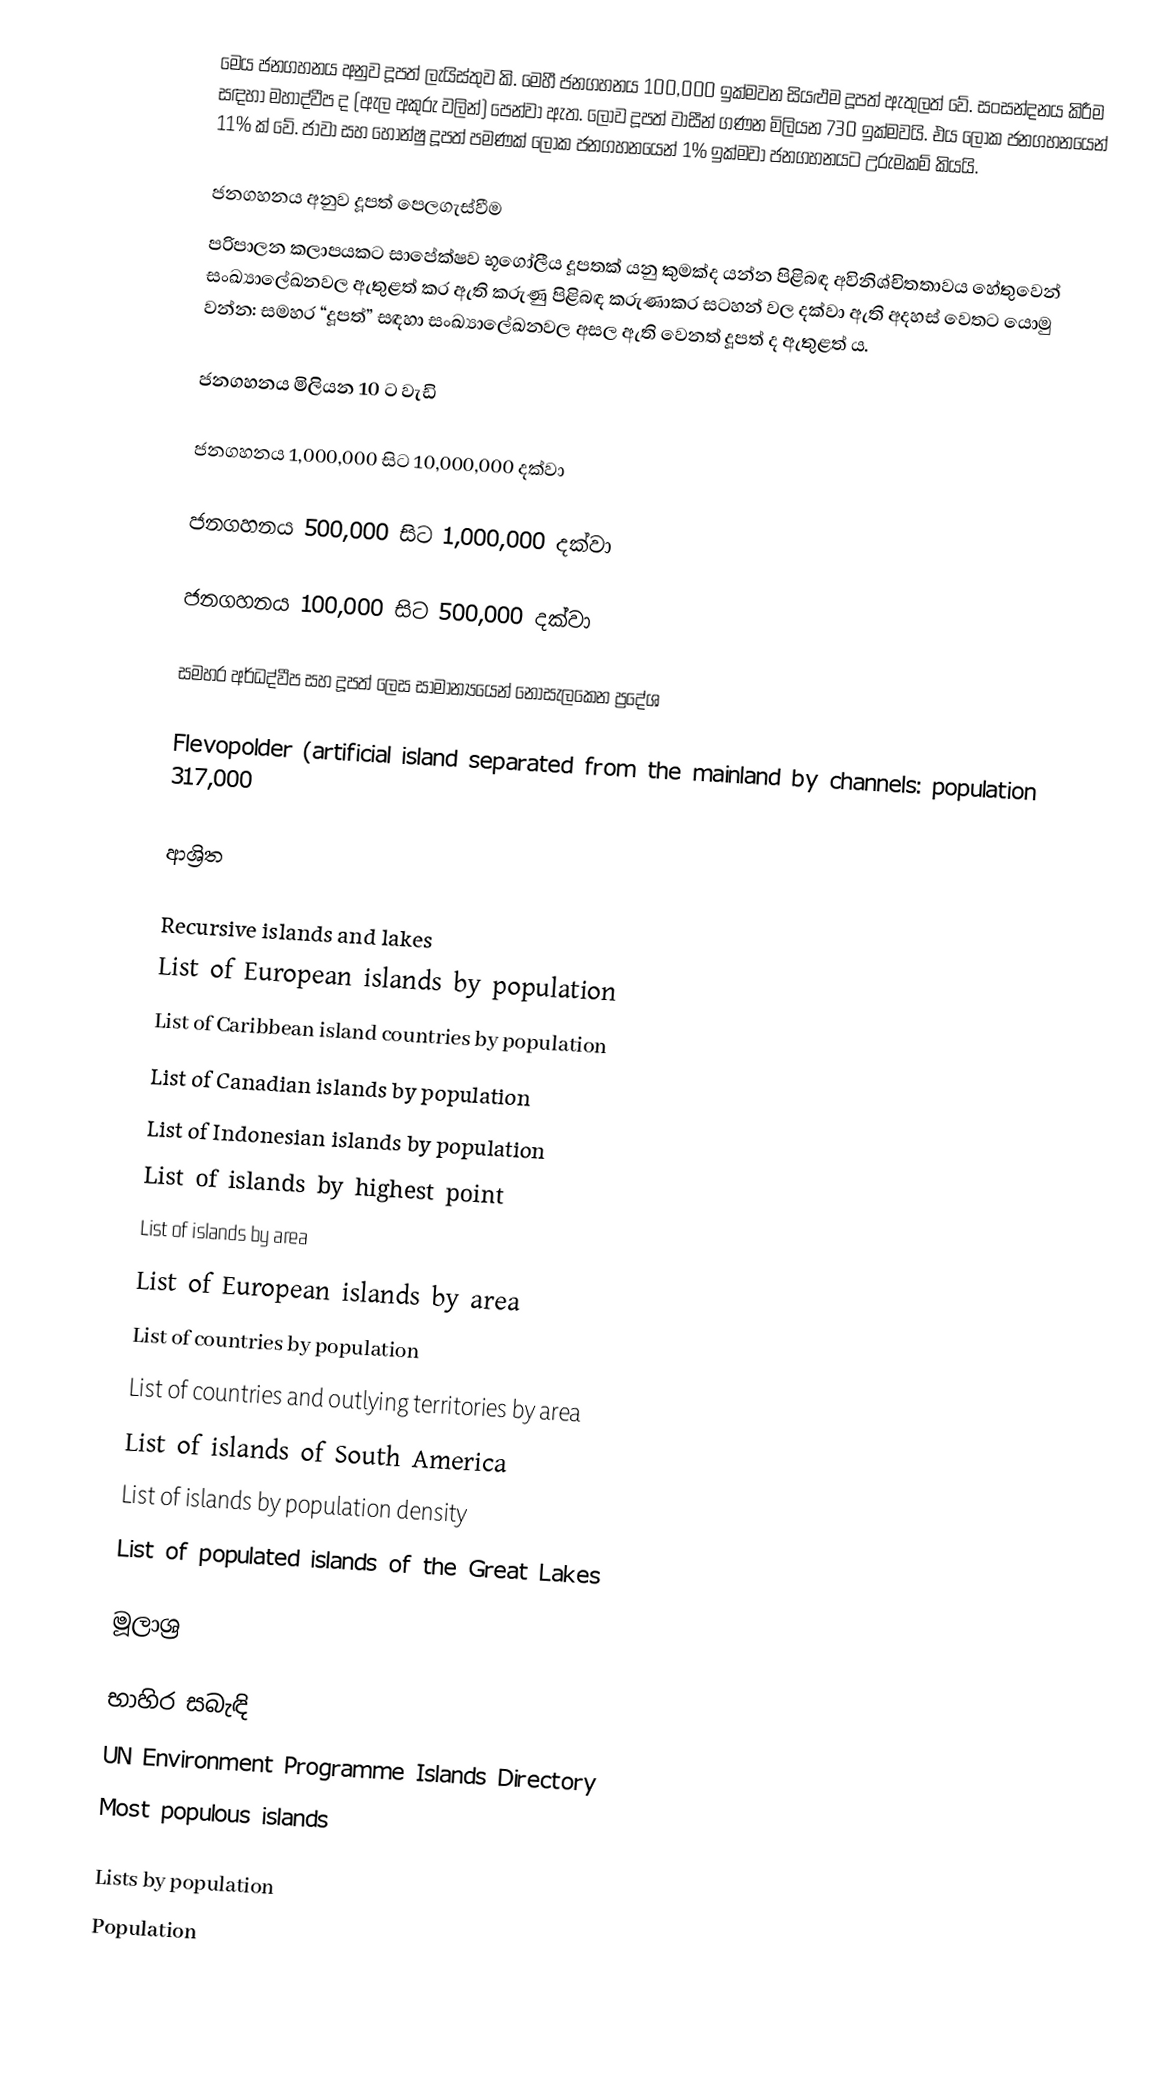
මෙය ජනගහනය අනුව දූපත් ලැයිස්තුව කි. මෙහී ජනගහනය 100,000 ඉක්මවන සියළුම දූපත් ඇතුලත් වේ. සංසන්දනය කිරීම සඳහා මහාද්වීප ද  (ඇල අකුරු වලින්) පෙන්වා ඇත. ලොව දූපත් වාසීන් ගණන මිලියන 730 ඉක්මවයි. එය ලෝක ජනගහනයෙන් 11% ක් වේ. ජාවා සහ හොන්ෂු දූපත් පමණක් ලෝක ජනගහනයෙන් 1% ඉක්මවා ජනගහනයට උරුමකම් කියයි.

ජනගහනය අනුව දූපත් පෙලගැස්වීම
පරිපාලන කලාපයකට සාපේක්ෂව භූගෝලීය දූපතක් යනු කුමක්ද යන්න පිළිබඳ අවිනිශ්චිතතාවය හේතුවෙන් සංඛ්‍යාලේඛනවල ඇතුළත් කර ඇති කරුණු පිළිබඳ කරුණාකර සටහන් වල දක්වා ඇති අදහස් වෙතට යොමු වන්න: සමහර “දූපත්” සඳහා සංඛ්‍යාලේඛනවල අසල ඇති වෙනත් දූපත් ද ඇතුළත් ය.

ජනගහනය මිලියන 10 ට වැඩි

ජනගහනය 1,000,000 සිට 10,000,000 දක්වා

ජනගහනය 500,000 සිට 1,000,000 දක්වා

ජනගහනය 100,000 සිට 500,000 දක්වා

සමහර අර්ධද්වීප සහ දූපත් ලෙස සාමාන්‍යයෙන් නොසැලකෙන ප්‍රදේශ

 Flevopolder (artificial island separated from the mainland by channels: population 317,000

ආශ්‍රිත

Recursive islands and lakes
List of European islands by population
List of Caribbean island countries by population
List of Canadian islands by population
List of Indonesian islands by population
List of islands by highest point
List of islands by area
List of European islands by area
List of countries by population
List of countries and outlying territories by area
List of islands of South America
List of islands by population density
List of populated islands of the Great Lakes

මූලාශ්‍ර

භාහිර සබැඳි
UN Environment Programme Islands Directory
Most populous islands

Lists by population
 Population